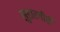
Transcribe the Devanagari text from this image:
लुहारगीरी